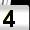
Digit: 4